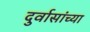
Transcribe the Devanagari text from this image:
दुर्वासांच्या